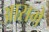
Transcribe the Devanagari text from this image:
आसमे